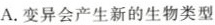
A.变异会产生新的生物类型